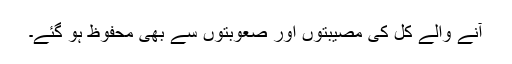
آنے والے کل کی مصیبتوں اور صعوبتوں سے بھی محفوظ ہو گئے۔